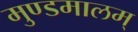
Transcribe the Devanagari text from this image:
मुण्डमालम्